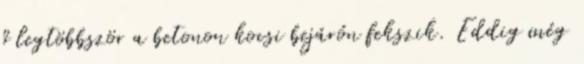
ő legtöbbször a betonon kocsi bejárón fekszik. Eddig még